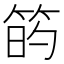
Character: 𥮀